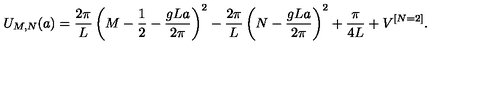
U _ { M , N } ( a ) = { \frac { 2 \pi } { L } } \left( M - { \frac { 1 } { 2 } } - { \frac { g L a } { 2 \pi } } \right) ^ { 2 } - { \frac { 2 \pi } { L } } \left( N - { \frac { g L a } { 2 \pi } } \right) ^ { 2 } + { \frac { \pi } { 4 L } } + V ^ { [ N = 2 ] } .